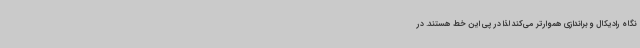
نگاه رادیکال و براندازی هموارتر می‌کند لذا در پی این خط هستند. در